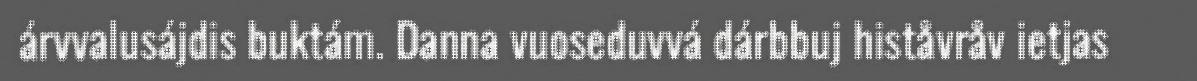
árvvalusájdis buktám. Danna vuoseduvvá dárbbuj histåvråv ietjas